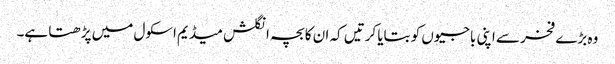
وہ بڑے فخر سے اپنی باجیوں کو بتایا کرتیں کہ ان کا بچہ انگلش میڈیم اسکول میں پڑھتا ہے۔